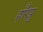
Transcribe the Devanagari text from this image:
हॉँग्झु